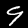
Label: 9